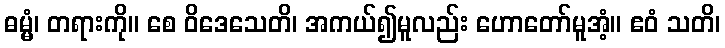
ဓမ္မံ၊ တရားကို။ စေ ဝိဒေသေတိ၊ အကယ်၍မူလည်း ဟောတော်မူအံ့။ ဧဝံ သတိ၊